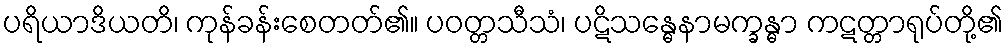
ပရိယာဒိယတိ၊ ကုန်ခန်းစေတတ်၏။ ပဝတ္တသီသံ၊ ပဋိသန္ဓေနာမက္ခန္ဓာ ကဋတ္တာရုပ်တို့၏